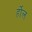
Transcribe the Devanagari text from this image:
र्होल